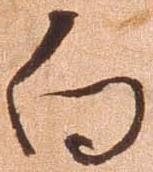
向